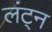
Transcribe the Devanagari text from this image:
लंट्न